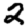
Digit: 2